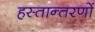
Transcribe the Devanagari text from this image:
हस्तान्तरणों